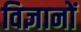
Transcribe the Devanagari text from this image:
विज्ञानों